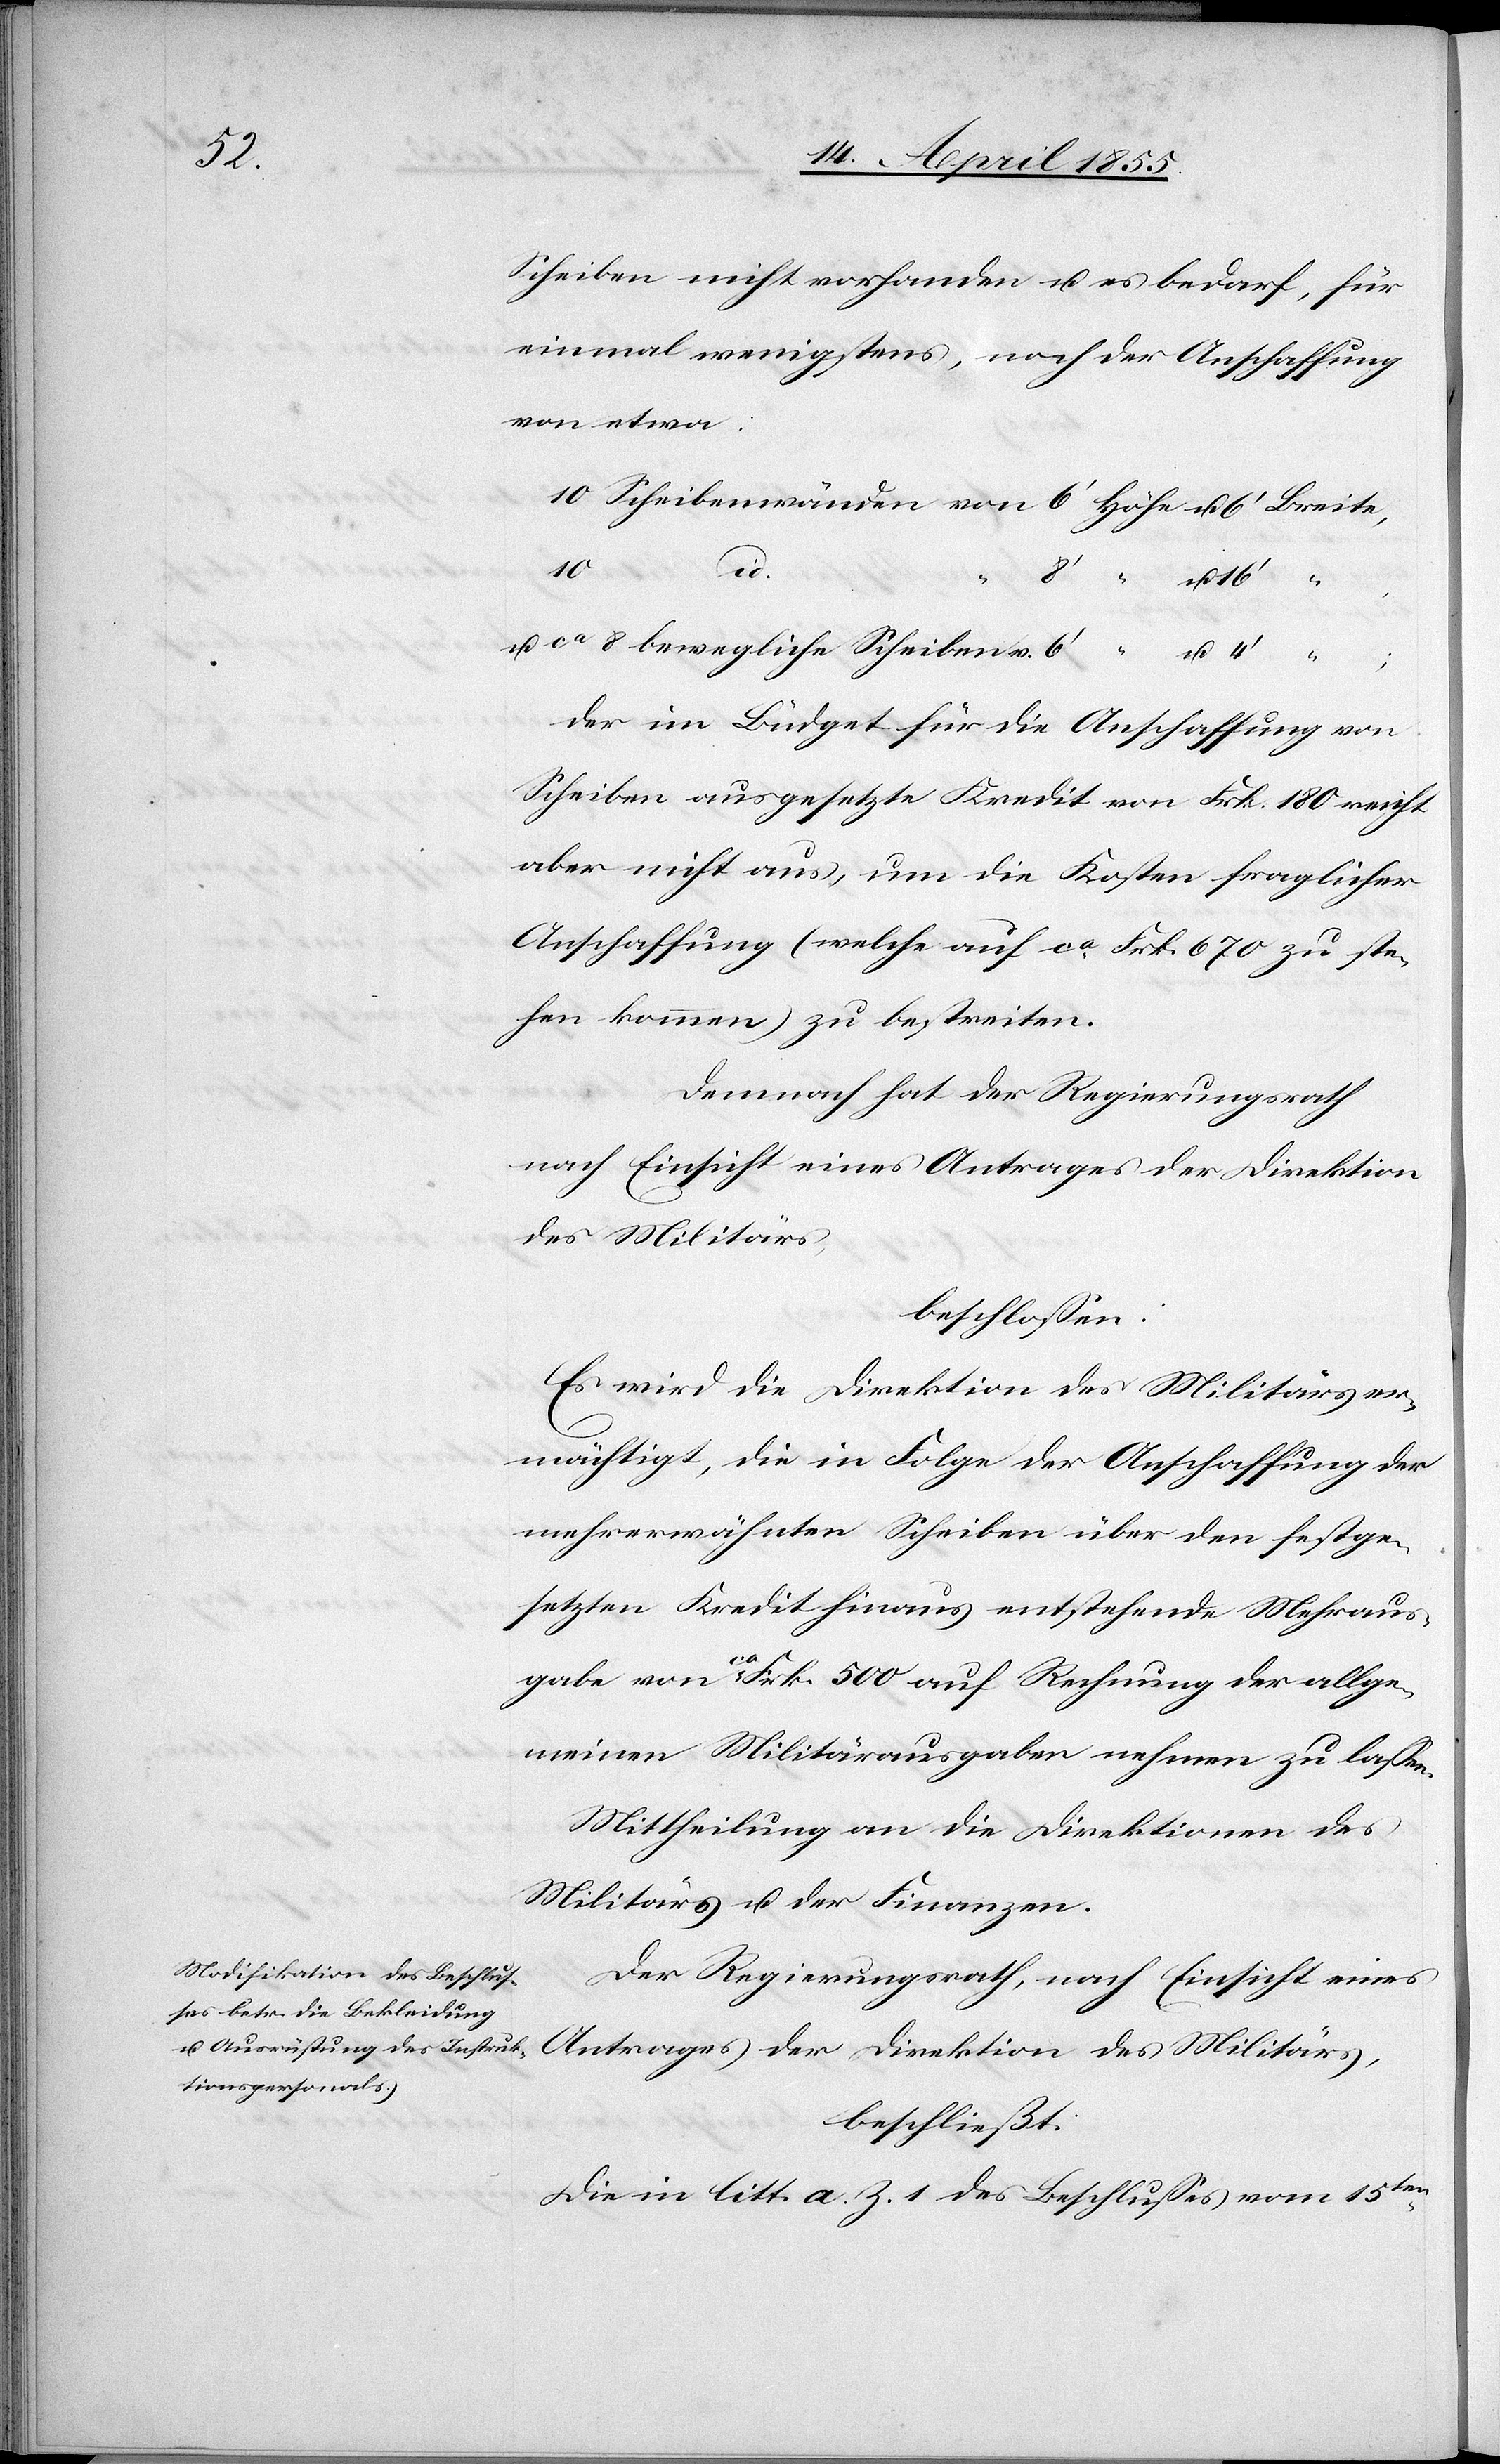
Scheiben nicht vorhanden u. es bedarf, für
einmal wenigstens, noch der Anschaffung
von etwa:
16‘
id.
“ ;
u.
ca 8 bewegliche Scheiben v.
der im Büdget für die Anschaffung von
Scheiben ausgesetzte Kredit von Frk. 180 reicht
aber nicht aus, um die Kosten fraglicher
Anschaffung (welche auf ca. Frk. 670 zu ste¬
hen kommen) zu bestreiten.
Demnach hat der Regierungsrath
nach Einsicht eines Antrages der Direktion
des Militärs,
beschlossen:
Es wird die Direktion des Militärs er¬
mächtigt, die in Folge der Anschaffung der
mehrerwähnten Scheiben über den festge¬
setzten Kredit hinaus entstehende Mehraus¬
gabe von ca Frk. 500 auf Rechnung der allge¬
meinen Militärausgaben nehmen zu lassen.
Mittheilung an die Direktionen des
Militärs u. der Finanzen.
Der Regierungsrath, nach Einsicht eines
Antrages der Direktion des Militärs,
beschließt:
Die in litt. a. Z. 1 des Beschlusses vom 15ten